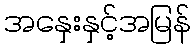
အနှေးနှင့်အမြန်